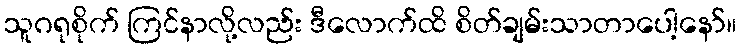
သူဂရုစိုက် ကြင်နာလို့လည်း ဒီလောက်ထိ စိတ်ချမ်းသာတာပေါ့နော်။